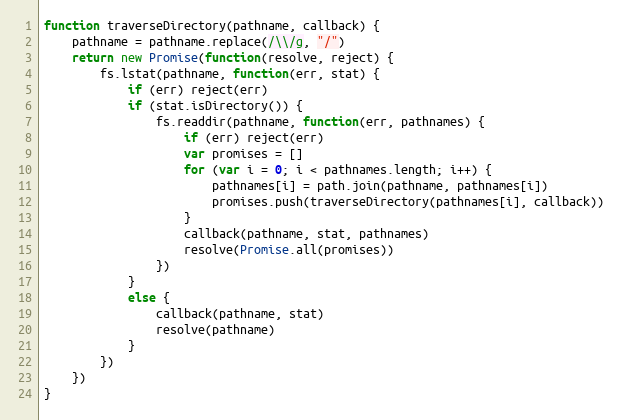
Language: JavaScript
function traverseDirectory(pathname, callback) {
	pathname = pathname.replace(/\\/g, "/")
	return new Promise(function(resolve, reject) {
		fs.lstat(pathname, function(err, stat) {
			if (err) reject(err)
			if (stat.isDirectory()) {
				fs.readdir(pathname, function(err, pathnames) {
					if (err) reject(err)
					var promises = []
					for (var i = 0; i < pathnames.length; i++) {
						pathnames[i] = path.join(pathname, pathnames[i])
						promises.push(traverseDirectory(pathnames[i], callback))
					}
					callback(pathname, stat, pathnames)
					resolve(Promise.all(promises))
				})
			}
			else {
				callback(pathname, stat)
				resolve(pathname)
			}
		})
	})
}